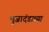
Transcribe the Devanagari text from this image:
भुजादंडाच्या